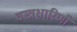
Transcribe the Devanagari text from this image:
वस्त्रधारिणी